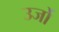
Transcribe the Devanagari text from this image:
उर्जो